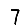
Digit: 7